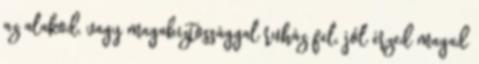
az alakod, vagy magabiztossággal ruház fel, jól érzed magad